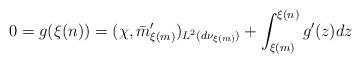
LaTeX: \begin{align*}0=g(\xi(n))=(\chi,\bar{m}_{\xi(m)}')_{L^2(d\nu_{\xi(m)})}+\int_{\xi(m)}^{\xi(n)}g'(z)dz\end{align*}